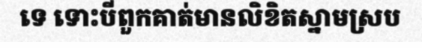
ទេ ទោះបីពួកគាត់មានលិខិតស្នាមស្រប